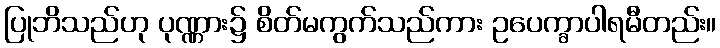
ပြုဘိသည်ဟု ပုဏ္ဏား၌ စိတ်မကွက်သည်ကား ဥပေက္ခာပါရမီတည်း။